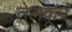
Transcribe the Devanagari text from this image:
तेलकूप